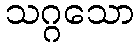
သဂ္ဂသော